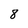
Character: 8